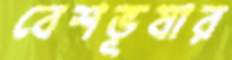
বেশভূষার